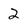
Character: 2